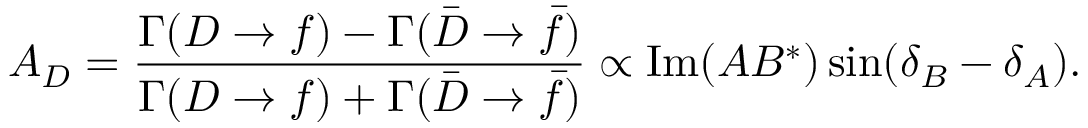
A _ { D } = \frac { \Gamma ( D \to f ) - \Gamma ( { \bar { D } } \to { \bar { f } } ) } { \Gamma ( D \to f ) + \Gamma ( { \bar { D } } \to { \bar { f } } ) } \propto \mathrm { I m } ( A B ^ { * } ) \sin ( \delta _ { B } - \delta _ { A } ) .